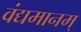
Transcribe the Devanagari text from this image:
वंद्यमानम्